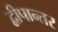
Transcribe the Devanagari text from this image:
द्वीपान्तर